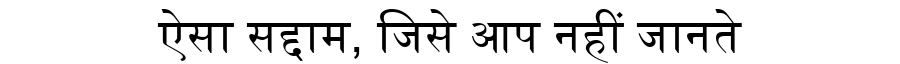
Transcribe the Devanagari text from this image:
ऐसा सद्दाम, जिसे आप नहीं जानते